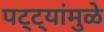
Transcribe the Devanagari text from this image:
पट्ट्यांमुळे